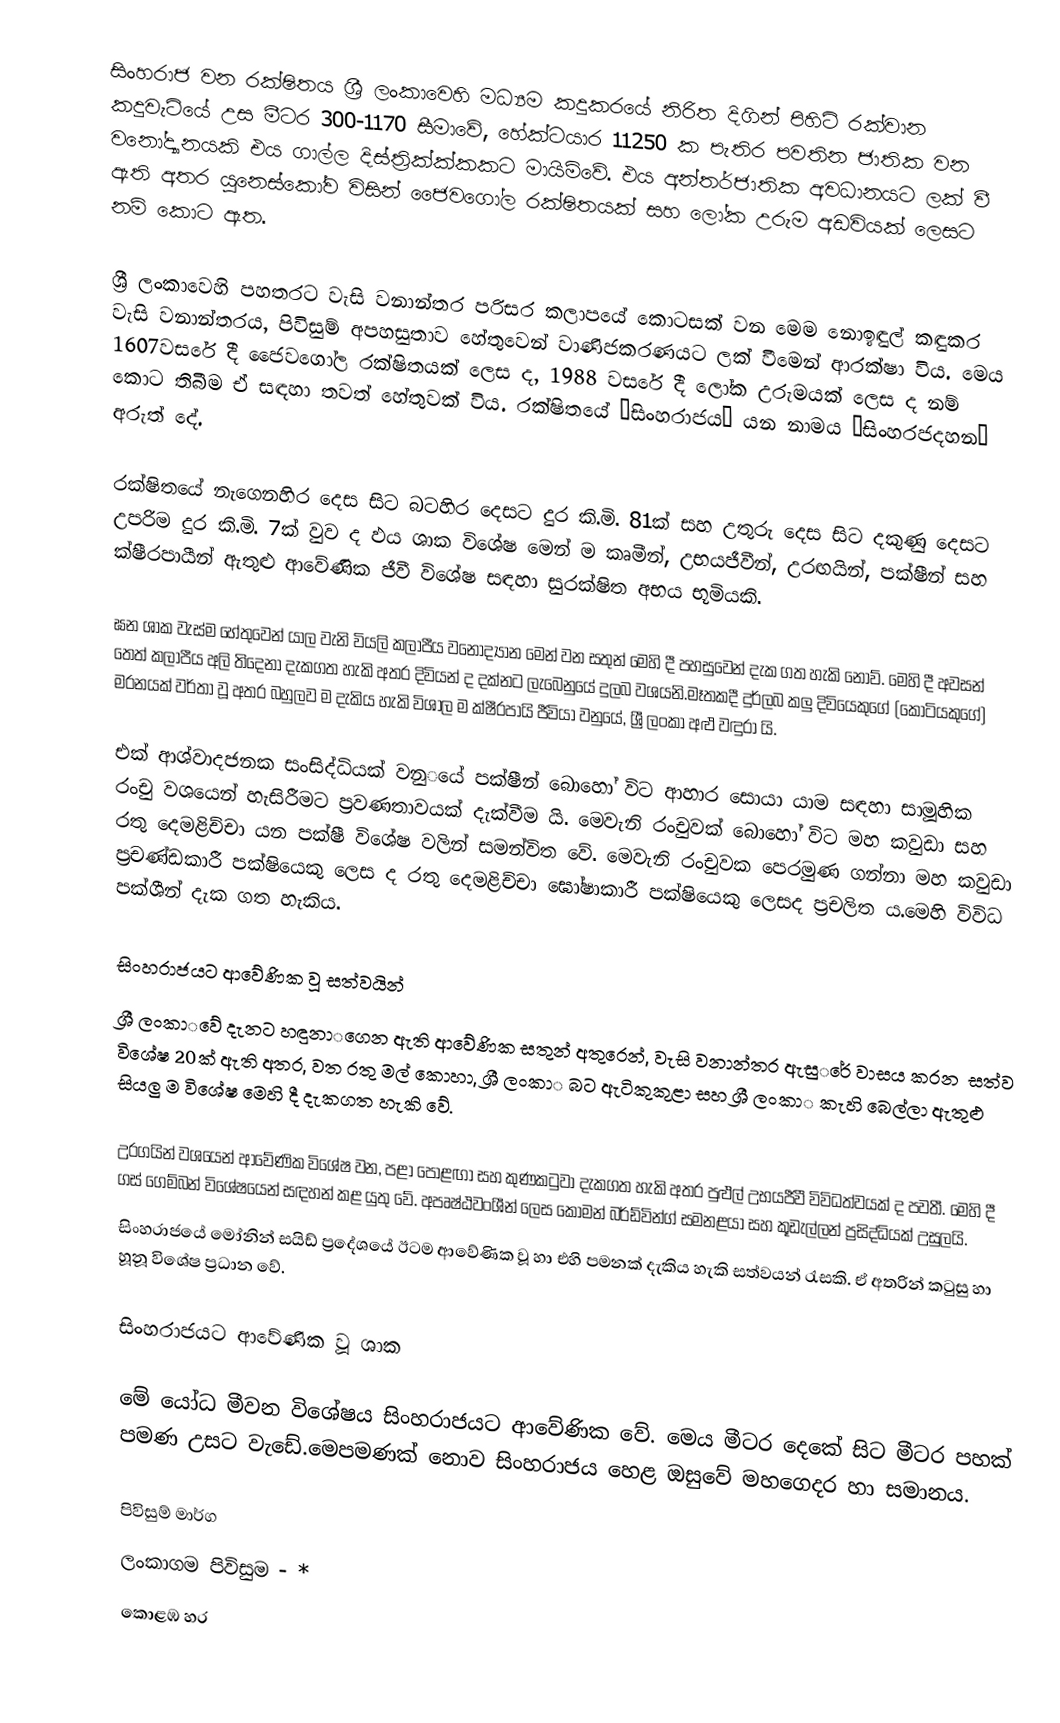
සිංහරාජ වන රක්ෂිතය ශ්‍රී ලංකාවෙහි මධ්‍යම කදුකරයේ නිරිත දිගින් පිහිටි රක්වාන කදුවැටියේ උස මීටර 300-1170 සීමාවේ, හේක්ටයාර 11250 ක පැතිර පවතින  ජාතික වන  වනෝද්‍යානයකි එය ගාල්ල දිස්ත්‍රික්ක්කකට මායිම්වේ. එය අන්තර්ජාතික අවධානයට ලක් වී ඇති අතර යුනෙස්කෝව විසින් ජෛවගෝල රක්ෂිතයක් සහ ලෝක උරුම අඩවියක් ‍ලෙසට නම් කොට ඇත.

ශ්‍රී ලංකාවෙහි පහතරට වැසි වනාන්තර පරිසර කලාප‌‍යේ ‌‍කොටසක් වන ‌‍මෙම ‍නොඉඳුල් කඳුකර වැසි වනාන්තරය, පිවිසු‌ම් අපහසුතාව හේතුවෙන් වාණිජකරණයට ලක් වී‍මෙන් ආරක්ෂා  විය. මෙය 1607වස‌‍රේ දී ‍ජෛවගෝල රක්ෂිතයක් ‌‍ලෙස ද, 1988 වස‌‍රේ දී ‍ලෝක උරුමයක් ‍ලෙස ද නම්‍‍‍ කොට තිබීම ඒ සඳහා තවත් හේතුවක් විය. ‌රක්ෂිත‌‍යේ “සිංහරාජය” යන නාමය “සිංහරජදහන” අරුත් ‍දේ.

රක්ෂිතයේ නැගෙනහිර දෙස සි‍ට බටහිර දෙසට දුර කි.මි. 81ක් සහ උතුරු දෙස සිට දකුණු දෙසට උපරිම දුර කි.මි. 7ක් වුව ද ඵය ශාක විශේෂ මෙන් ම කෘමීන්, උභයජීවීන්, උරඟයින්, පක්ෂීන් සහ ක්ෂීරපායීන් ඇතුළු ආවේණික ජීවී විශේෂ සඳහා සුරක්ෂිත අභය භූමියකි.

ඝන ශාක වැස්ම හේතුවෙන් යාල වැනි වියලි කලාපීය වනෝද්‍යාන මෙන් වන සතුන් මෙහි දී  පහසුවෙන් දැක ගත හැකි නොව්. මෙහි දී අවසන් තෙත් කලාපීය අලි තිදෙනා දැකගත හැකි අතර දිවියන් ද දක්නට ලැබෙනුයේ දුලබ වශයනි.මෑතකදී දුර්ලබ කලු දිවියෙකුගේ (කොටියකුගේ) මරනයක් වර්තා වූ අතර බහුලව ම දැකිය හැකි විශාල ම ක්ෂීරපායි ජීවියා වනුයේ, ශ්‍රී ලංකා අළු වඳුරා යි.

එක් ආශ්වාදජනක සංසිද්ධියක් වනු‌‌‍යේ පක්ෂීන් ‌‍බොහෝ විට ආහාර ‍‍සොයා යාම සඳහා සාමූහික රංචු වශ‌‍යෙන් හැසිරීමට ප්‍රවණතාවයක් දැක්වීම යි. මෙවැනි ‍රංචුවක් ‍‍බොහෝ විට මහ කවුඩා සහ රතු දෙමළිච්චා යන පක්ෂී විශේෂ වලින් සමන්විත වේ. මෙවැනි ‍රංචුවක පෙරමුණ ගන්නා මහ කවුඩා ප්‍රචණ්ඩකාරී පක්ෂියෙකු ලෙස ද රතු දෙමළිච්චා ඝෝෂාකාරී පක්ෂියෙකු ලෙසද ප්‍රචලිත ය.මෙහි විවිධ පක්ශීන් දැක ගත හැකිය.

සිංහරාජයට ආවේණික වූ සත්වයින්
ශ්‍රී ලංකා‌‌වේ දැනට හඳුනා‌‌‍ගෙන ඇති ආවේණික සතුන් අතුරෙන්, වැසි වනාන්තර ඇසු‌‌‍රේ වාසය කරන ‌ සත්ව විශේෂ 20ක්  ඇති අතර, වත රතු මල් කොහා, ශ්‍රී ලංකා‌‌ බට ඇටිකුකුළා සහ ශ්‍රී ලංකා‌‌ කැහි බෙල්ලා ඇතුළු සියලු ම ‌විශේෂ මෙහි දී දැකගත හැකි‌ වේ.

උරගයින් වශයෙන් ආවේණික විශේෂ වන, පළා පොළඟා සහ කුණකටුවා දැකගත හැකි‌ අතර පුළුල් උභයජීවී විවිධත්වයක් ද පවතී. මෙහි දී ගස් ‍ගෙම්බන් විශේෂයෙන් සඳහන් කළ යුතු වේ. අපෘෂ්ඨවංශීන් ලෙස කොමන් බර්ඩ්වින්ග් සමනළයා සහ කූඩැල්ලන් ප්‍රසිද්ධියක් උසුලයි.
 සිංහරාජයේ මෝනින් සයිඩ් ප්‍රදේශයේ ඊටම ආවේණික වූ හා එහි පමනක් දැකිය හැකි සත්වයන් රැසකි. ඒ අතරින් කටුසු හා හූනූ විශේෂ ප්‍රධාන වේ.

සිංහරාජයට ආවේණික වූ ශාක

මේ යෝධ මීවන විශේෂය සිංහරාජයට ආවේණික වේ. මෙය මීටර දෙකේ සිට මීටර පහක් පමණ උසට වැඩේ.මෙපමණක් නොව සිංහරාජය හෙළ ඔසුවේ මහගෙදර හා සමානය.

පිවිසුම් මාර්ග
ලංකාගම පිවිසුම - *
 කොළඹ හර